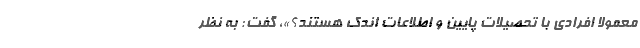
معمولا افرادی با تحصیلات پایین و اطلاعات اندک هستند؟»، گفت: به نظر